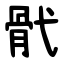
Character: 骮